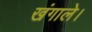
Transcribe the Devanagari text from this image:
खंगाले।